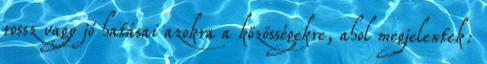
rossz vagy jó hatásai azokra a közösségekre, ahol megjelentek: